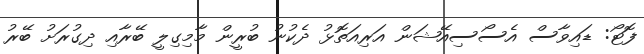
ފޮޓޯ: ޑައިވާސް އެސޯސިއޭޝަން އަރިއަތޮޅު ދެކުނު ބުރީން މާމިގިލީ ބޭރާއި ދިގުރަށު ބޭރު